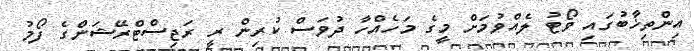
އިންތިޚާބުގައި ވޯޓު ލެއްވުމަށް މީގެ މަހެއްހާ ދުވަސް ކުރިން ރީ ރަޖިސްޓްރޭޝަންގެ ފޯމު